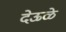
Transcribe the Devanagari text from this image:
देऊळे